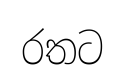
රතට